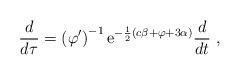
LaTeX: \begin{align*}\frac{d}{d\tau} = \left(\varphi'\right)^{-1}{\rm e}^{-\frac12(c\beta + \varphi + 3\alpha)}\frac{d}{dt} \ ,\end{align*}